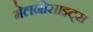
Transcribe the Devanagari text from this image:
मेलनोसाइट्स